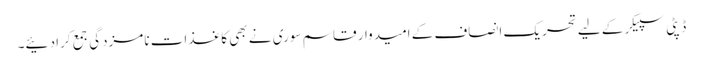
ڈپٹی سپیکر کے لیے تحریک انصاف کے امیدوار قاسم سوری نے بھی کاغذات نامزدگی جمع کرا دئیے۔